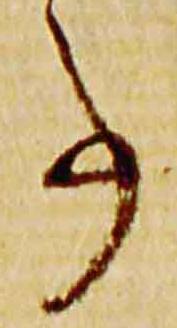
事